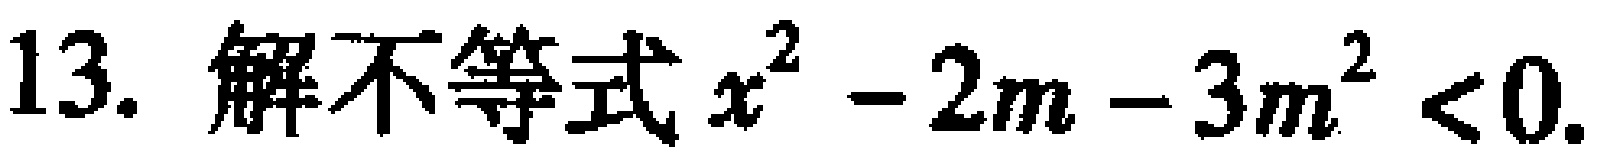
13. 解不等式\(x^{2}-2m - 3m^{2}<0\)